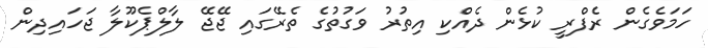
ހަމަވެގެން ރެފްރީ ކުޅެން ދެއްކި އިތުރު ވަގުތުގެ ތެރޭގައި ޖޭޖޭ ލާލްޕެކޫލާ ޖަހައިދިން